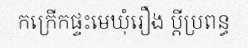
កក្រើកផ្ទះមេឃុំរឿង ប្តីប្រពន្ធ